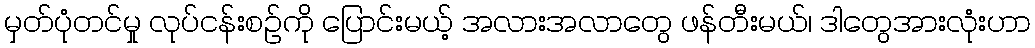
မှတ်ပုံတင်မှု လုပ်ငန်းစဉ်ကို ပြောင်းမယ့် အလားအလာတွေ ဖန်တီးမယ်၊ ဒါတွေအားလုံးဟာ